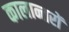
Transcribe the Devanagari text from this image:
कालान्तरों